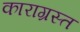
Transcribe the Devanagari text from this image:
काराग्रस्त